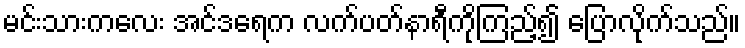
မင်းသားကလေး အင်ဒရေက လက်ပတ်နာရီကိုကြည့်၍ ပြောလိုက်သည်။